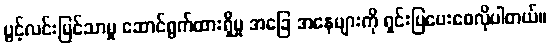
ပွင့်လင်းမြင်သာမှု ဆောင်ရွက်ထားရှိမှု အခြေ အနေများကို ရှင်းပြပေးစေလိုပါတယ်။